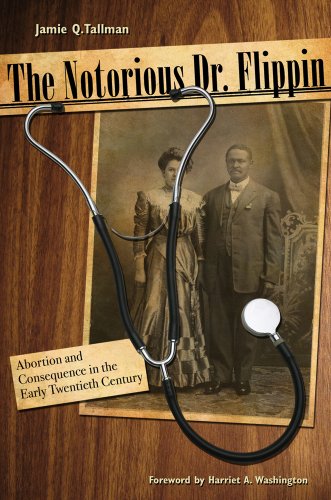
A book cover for The Notorious Dr. Flippin: Abortion and Consequence in the Early Twentieth Century (Plains Histories); Jamie Q. Tallman; Politics & Social Sciences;